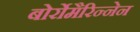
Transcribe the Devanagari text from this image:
बोर्रोमैरिन्नेन